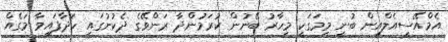
އެމްއޭސީއެލްއިން ބުނީ މިމަގަކީ މިހާރު ބޭނުން ކުރަމުންދާ ރަންވޭގެ ދެކުނުގައި ހަދާފައިވާ މަގެއް